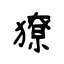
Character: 獠